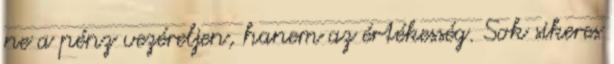
ne a pénz vezéreljen, hanem az értékesség. Sok sikeres